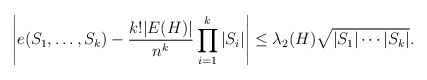
\begin{align*} \left| e(S_1, \dots, S_k) - \frac{k! |E(H)|}{n^k} \prod_{i=1}^k |S_i| \right| \leq \lambda_2(H) \sqrt{|S_1| \cdots |S_k|}. \end{align*}